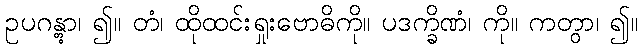
ဥပဂန္တွာ၊ ၍။ တံ၊ ထိုထင်းရှုးဗောဓိကို။ ပဒက္ခိဏံ၊ ကို။ ကတွာ၊ ၍။